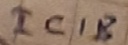
Text: IC1B